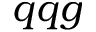
q q g